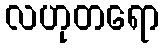
လဟုတရော